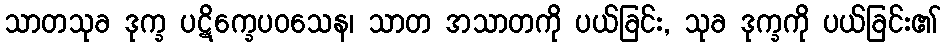
သာတသုခ ဒုက္ခ ပဋိက္ခေပဝသေန၊ သာတ အသာတကို ပယ်ခြင်း, သုခ ဒုက္ခကို ပယ်ခြင်း၏